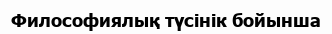
Философиялық түсінік бойынша